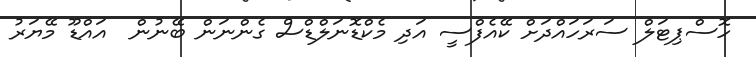
ހޮސްޕިޓަލް ސަރަހައްދަށް ކޭއެފްސީ އަދި މެކްޑޮނަލްޑްސް ގެންނަން ބޭނުން  އައްޑޫ މޭޔަރު